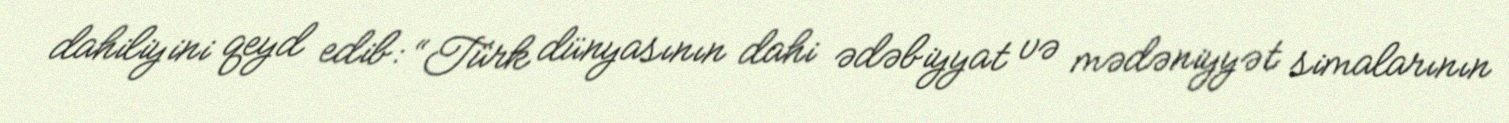
dahiliyini qeyd edib: “Türk dünyasının dahi ədəbiyyat və mədəniyyət simalarının